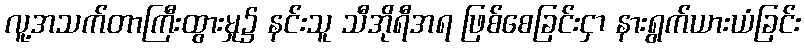
လူ့အသက်တာကြီးထွားမှု၌ နင်းသူ သီအိုရီအရ ဖြစ်စေခြင်းငှာ နားရွက်ယားယံခြင်း